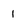
Character: i